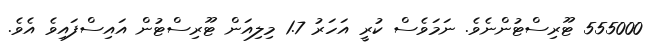
555000 ޓޫރިސްޓުންނެވެ. ނަމަވެސް ކުރީ އަހަރު 1.7 މިލިއަން ޓޫރިސްޓުން އައިސްފައިވެ އެވެ.